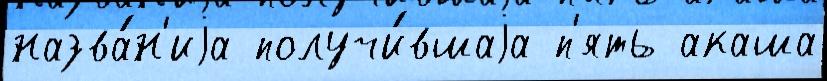
назва́н'иjа получи́вшаjа п'ять акаша